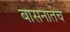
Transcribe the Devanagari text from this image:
बासनातच